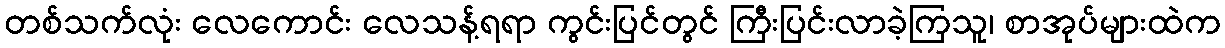
တစ်သက်လုံး လေကောင်း လေသန့်ရရာ ကွင်းပြင်တွင် ကြီးပြင်းလာခဲ့ကြသူ၊ စာအုပ်များထဲက